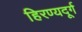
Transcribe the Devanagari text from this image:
हिरण्यदूर्ग